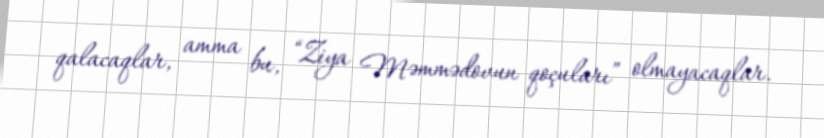
qalacaqlar, amma bu, “Ziya Məmmədovun qoçuları” olmayacaqlar.